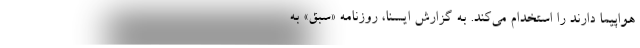
هواپیما دارند را استخدام می‌کند. به گزارش ایسنا، روزنامه «سبق» به